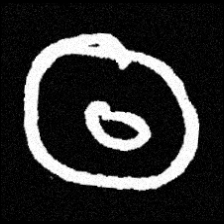
Pyu character \u2014 Myanmar letter: ထ (romanized: tha)